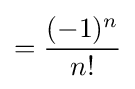
={\frac {(-1)^{n}}{n!}}